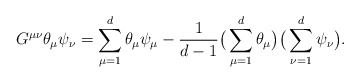
\begin{align*}G^{\mu \nu} \theta_\mu \psi_\nu = \sum_{\mu = 1}^{d}\theta_\mu \psi_\mu- \frac{1}{d-1} \big(\sum_{\mu = 1}^{d}\theta_\mu\big) \big(\sum_{\nu = 1}^{d}\psi_\nu\big).\end{align*}